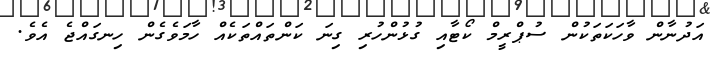
އަދުނާން ވާހަކަތަކުން ސުޕްރީމް ކޯޓާއި ގުޅުންހުރި ގިނަ ކަންތައްތަކެއް ހާމަވެގެން ހިނގައްޖެ އެވެ.